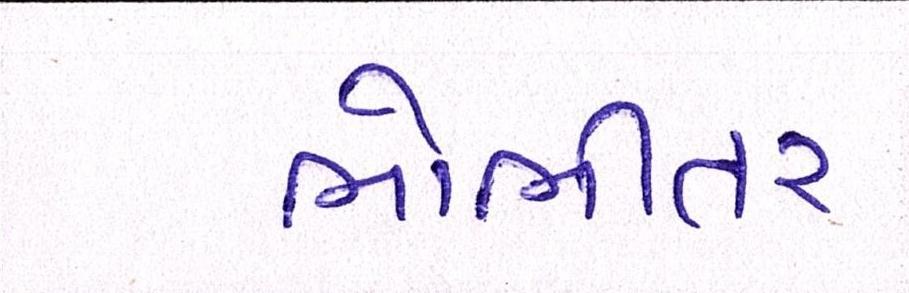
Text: ભોભીતર